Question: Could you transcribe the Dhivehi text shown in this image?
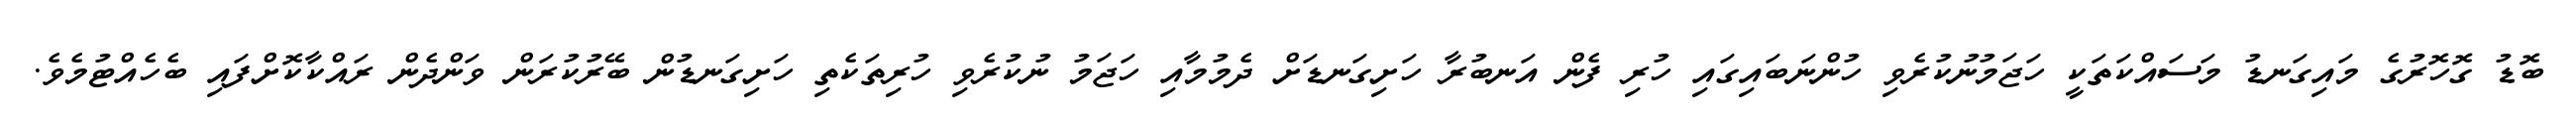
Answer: ބޮޑު ގޮހޮރުގެ މައިގަނޑު މަސައްކަތަކީ ހަޖަމުނުކުރެވި ހުންނަބައިގައި ހުރި ފެން އަނބުރާ ހަށިގަނޑަށް ދެމުމާއި ހަޖަމު ނުކުރެވި ހުރިތަކެތި ހަށިގަނޑުން ބޭރުކުރަން ވަންދެން ރައްކާކޮށްފައި ބެހެއްޓުމެވެ.